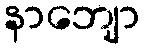
နာဘျော